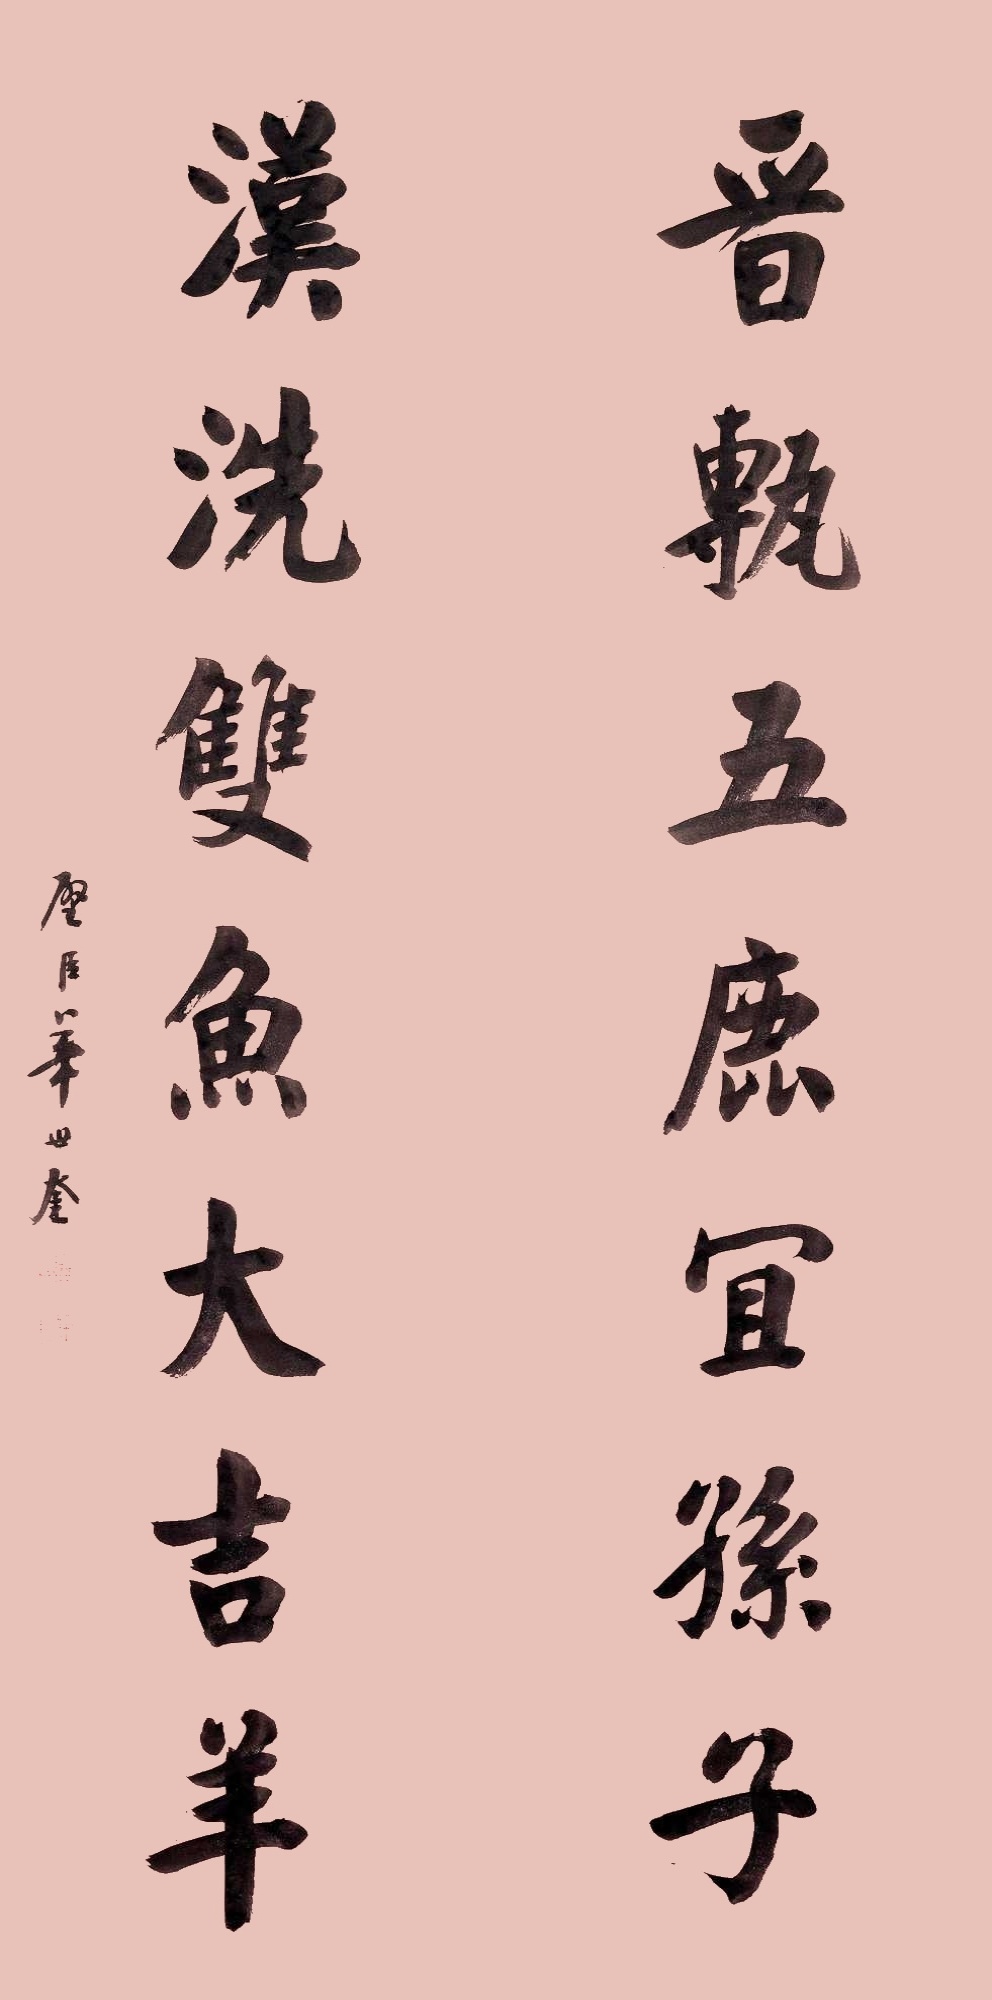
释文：晋砖五鹿宜孙子，汉双鱼洗大吉祥。璧臣华世奎。